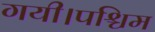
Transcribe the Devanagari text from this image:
गयी।पश्चिम